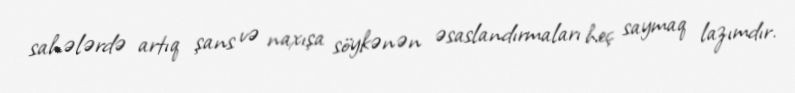
sahələrdə artıq şans və naxışa söykənən əsaslandırmaları heç saymaq lazımdır.